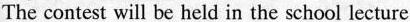
The contest will be held in the school lecture